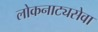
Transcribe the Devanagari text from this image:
लोकनाट्यसेवा